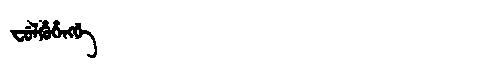
Manchu: ᠸᡠᠯᡥᡠᡥᡝᠩᡤᡝ
Romanization: FULHUHENGGE